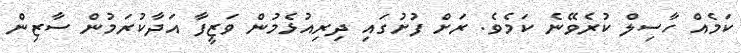
ކަމެއް ހާސިލް ކުރެވޭނެ ކަމެވެ. ރަށް ފުށުގައި ދިރިއުޅެމުން ވަޒީފާ އަދާކުރަމުން ސާޒިން